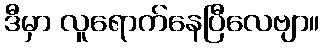
ဒီမှာ လူရောက်နေပြီလေဗျာ။